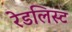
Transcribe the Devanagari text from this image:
रेडलिस्ट